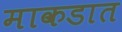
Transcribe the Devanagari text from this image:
माकडात